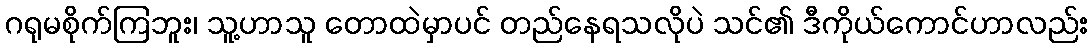
ဂရုမစိုက်ကြဘူး၊ သူ့ဟာသူ တောထဲမှာပင် တည်နေရသလိုပဲ သင်၏ ဒီကိုယ်ကောင်ဟာလည်း